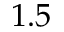
1 . 5